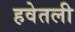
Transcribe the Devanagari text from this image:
हवेतली